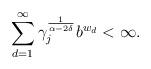
LaTeX: \begin{align*}\sum_{d=1}^{\infty} \gamma_j^{\frac{1}{\alpha - 2 \delta}} b^{w_d} < \infty .\end{align*}